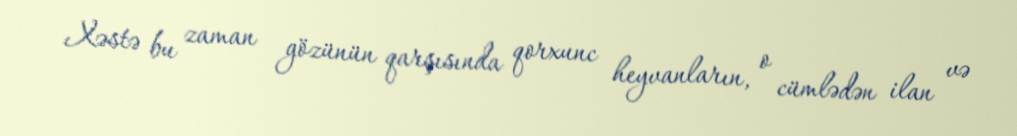
Xəstə bu zaman gözünün qarşısında qorxunc heyvanların, o cümlədən ilan və